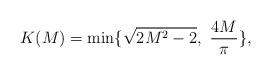
LaTeX: \begin{align*}K(M)=\min\{\sqrt{2M^2-2},\ \frac{4M}{\pi}\},\end{align*}